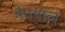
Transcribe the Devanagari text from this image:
नैपथाल